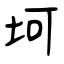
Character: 坷